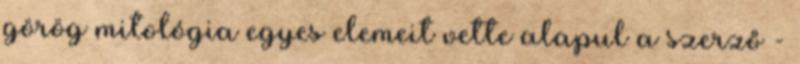
görög mitológia egyes elemeit vette alapul a szerző -